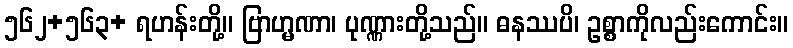
၅၆၂+၅၆၃+ ရဟန်းတို့။ ဗြာဟ္မဏာ၊ ပုဏ္ဏားတို့သည်။ ဓနဿပိ၊ ဥစ္စာကိုလည်းကောင်း။